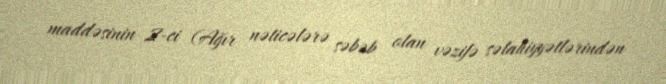
maddəsinin 2-ci (Ağır nəticələrə səbəb olan vəzifə səlahiyyətlərindən